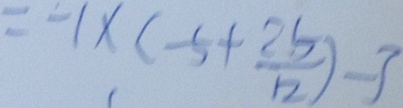
= - 1 \times ( - 5 + \frac { 2 5 } { 1 2 } ) - 3